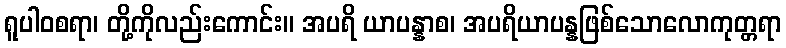
ရူပါဝစရာ၊ တို့ကိုလည်းကောင်း။ အပရိ ယာပန္နာစ၊ အပရိယာပန္နဖြစ်သောလောကုတ္တရာ